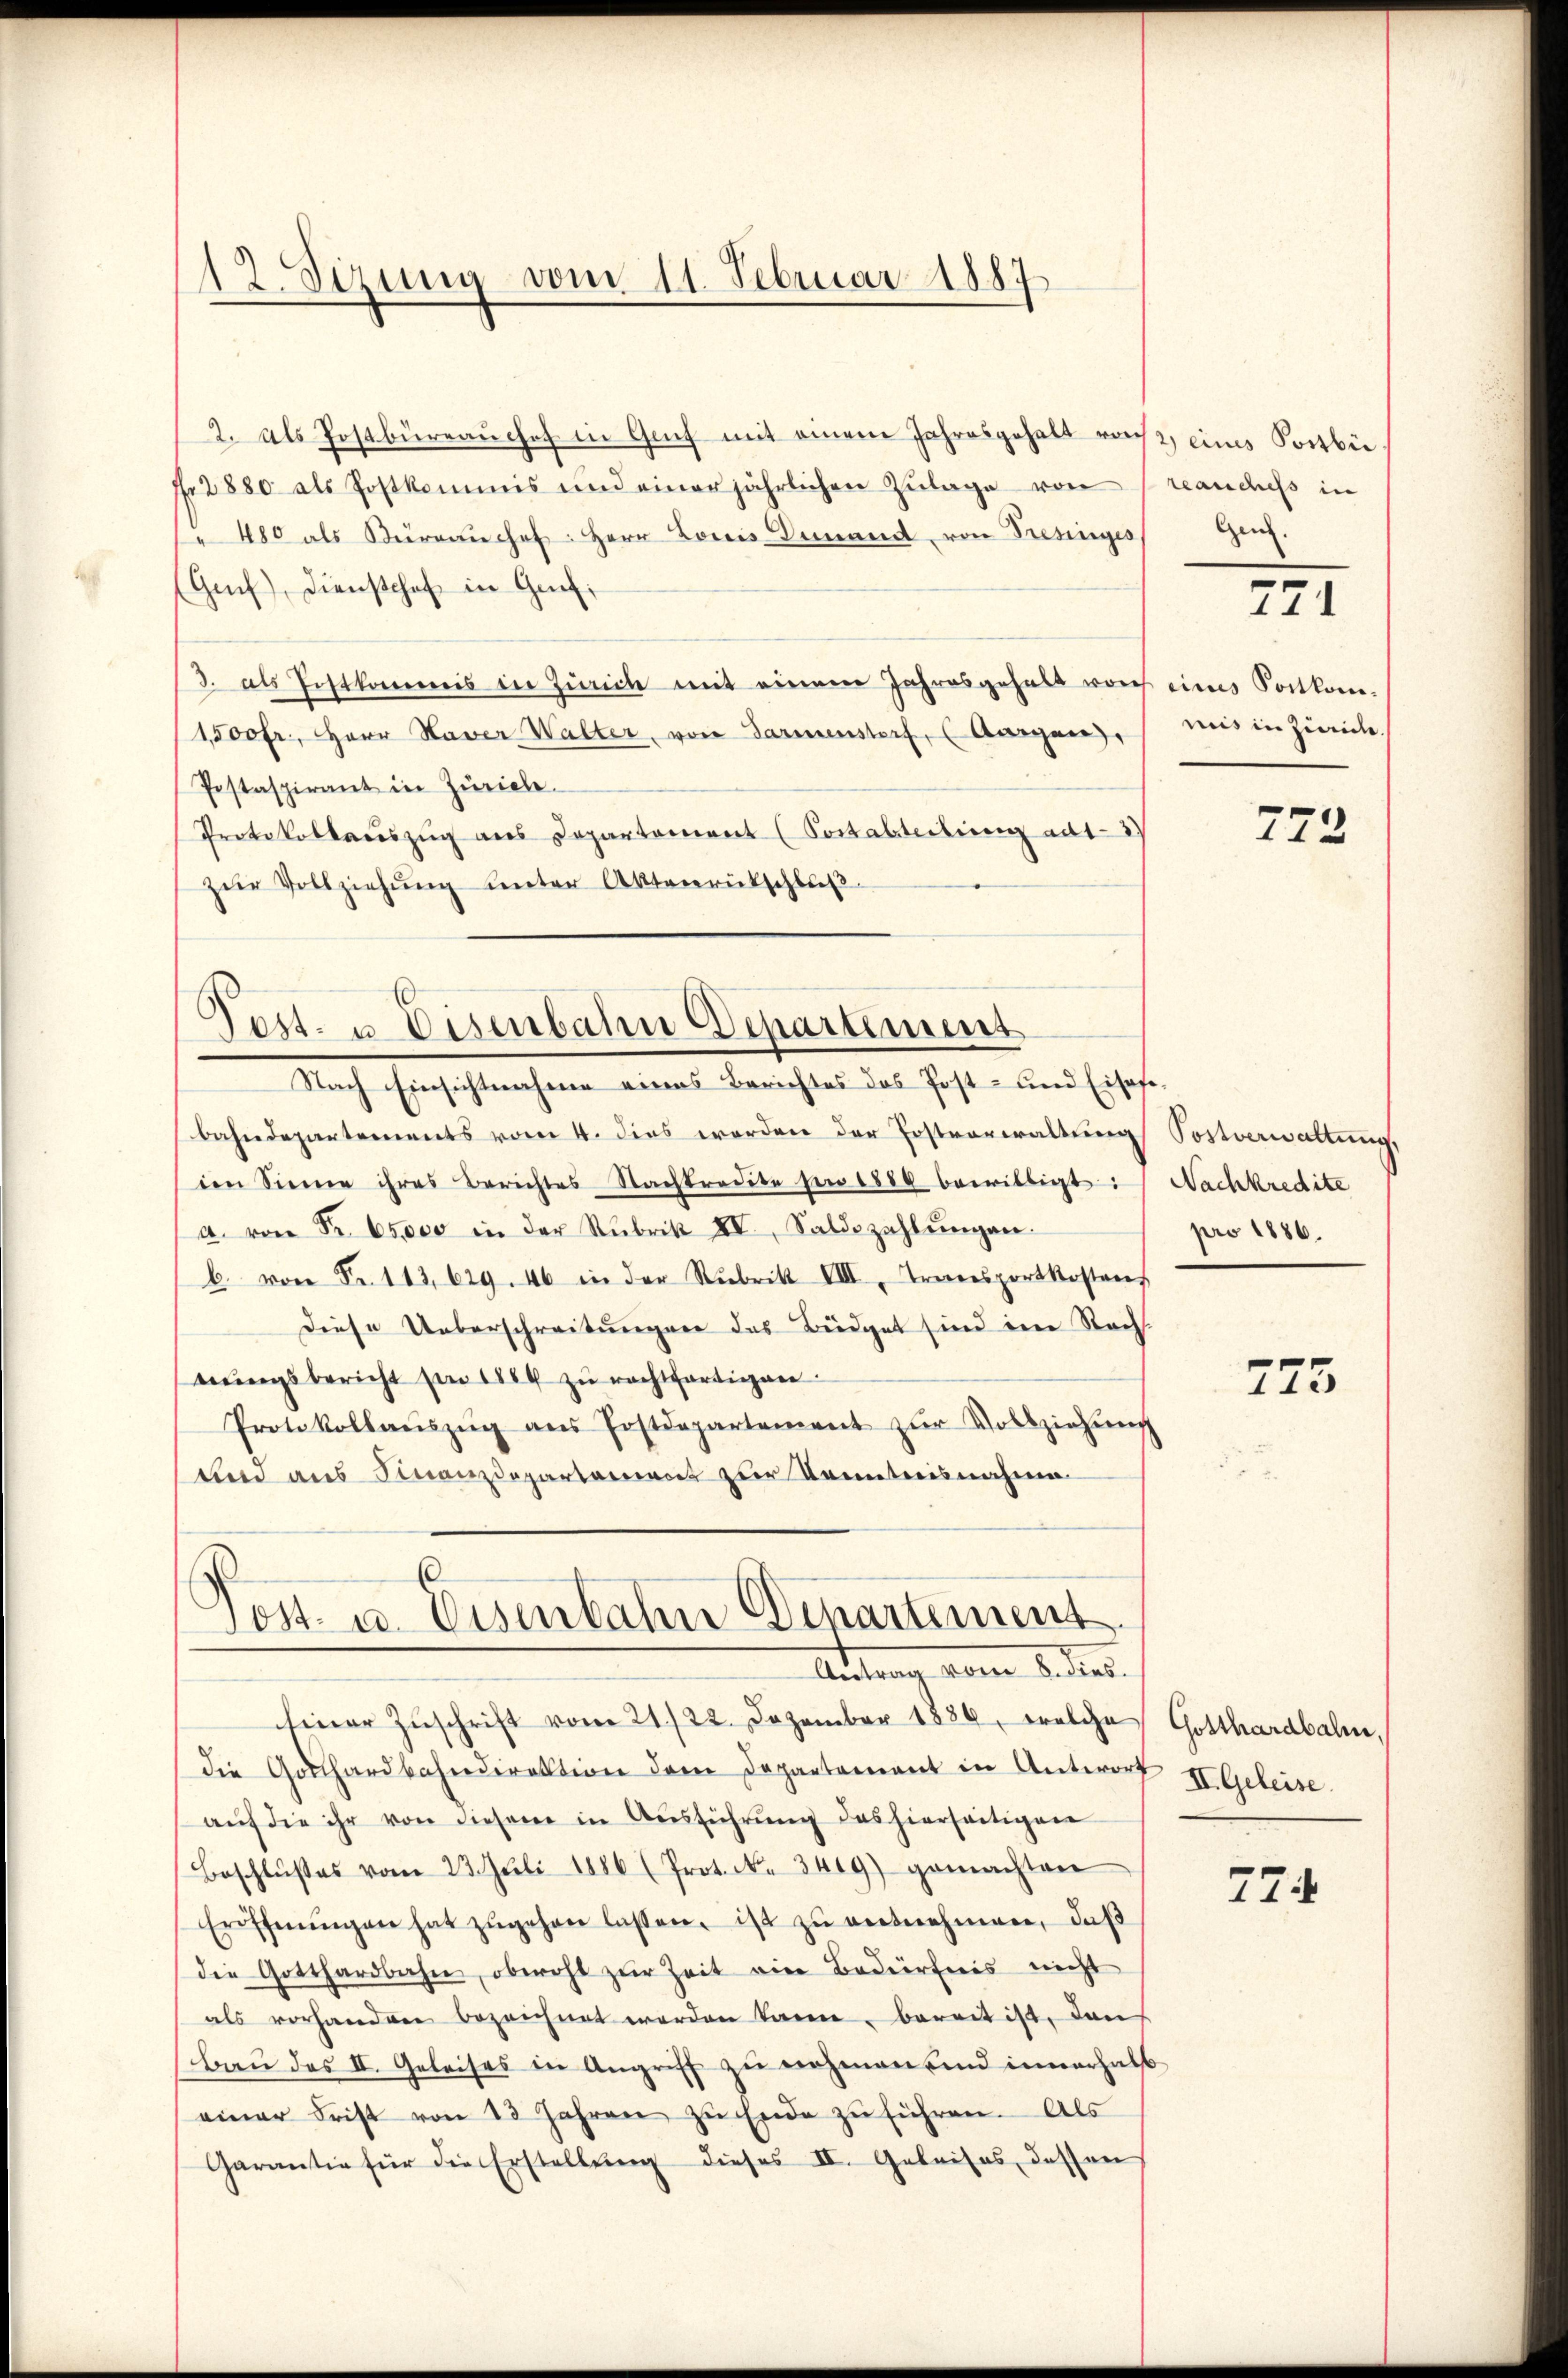
¬
Sizung vom 11. Februar 1887

2. als Postbüreaŭchef in Graf mit einem Jahresgehalt rast, eines Postbü
p. 2880 als Postkommis und einer jährlichen Zŭlage von reanchess in
480 als Büreaŭchef. Herr Louis demand von Fresinges Genz.
Genf), Dienstchef in Genf
3. als Festkommis in Zürich mit einem Jahresgehalt vor eines Portkom-
1500 fr., Herr Haver Walter, von Farmenstorf, Aargau,
Pestaspirant in Zürich.
Protokollaŭszŭg aŭs Departement (Portabteilung ad 12)
zŭr Vollziehŭng ŭnter Aktenrütschlŭβ

Post. u Disenbahn Departemens
Nach Einsichtnahme eines Berichtes das Post- und Eisege¬

bahndepartements vom 4. dies worden der Postverwaltung Postverwaltung,
im Sinne ihres Berichtes Nachtradite pro 1880 bewilligt:
a. von Fr. 65000 in der Rubrik XV, Saldszahlŭngen.
b. von Fr. 113, 629. 46 in der Rubrik VIII. Transportkostens
Diese Ueberschreitungen das Büdget sind im Rechteungsbericht per 1884 zu rechtfertigen
Protokollaŭszŭg aŭs Postdepartement zŭr Vollziehŭng
und aus Finanzdepartement zur Kenntnisnahme
E

Post- u. Eisenbahn Dinartement.
Antrag seiner B. dies

siner Zŭschrift vom 21./22. Dezember 1886, welche
die Gotthardbahndirektion dem Departement in Antwort II. Geleise.
aŭf die ihr von diesem in Aŭsführŭng des hierseitigen
Beschlŭsses vom 23. Juli 1886 (Prot. N. 3419) gemachten
Eröffnŭngen hat zŭgehen lassen. ist zŭ entnehmen, daß
die Gotthardbahn, obwohl zur Zeit ein Bedürfnis nicht
als vorhanden bezeichnet werden kann, bereit ist, dan
bau des II. Geleises in Angriff zu nehmen und innerhalb
einer Frist von 13 Jahren zu Ende zu führen. Als
Garantie für die Erstellŭng dieses II. Geleises, dessen

771

mis in Züric

773

Nachkredite
pro 1886.

775

Gotthardbahn,

77